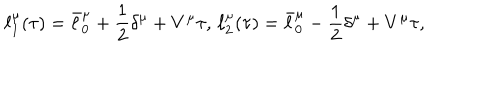
\ell _ { 1 } ^ { \mu } ( \tau ) = \bar { \ell } _ { 0 } ^ { \mu } + { \frac { 1 } { 2 } } \delta ^ { \mu } + V ^ { \mu } \tau , \, \ell _ { 2 } ^ { \mu } ( \tau ) = \bar { \ell } _ { 0 } ^ { \mu } - { \frac { 1 } { 2 } } \delta ^ { \mu } + V ^ { \mu } \tau ,